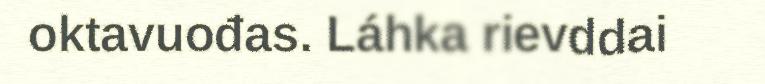
oktavuođas. Láhka rievddai